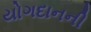
યોગદાનની